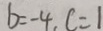
b = - 4 , c = 1